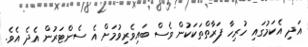
އަދި އެކަމުގައި ހުރިހާ ފަރާތްތަކަކުން ވެސް ބައިވެރިވުމަށް އެ ސެންޓަރުން އެދެ އެވެ.